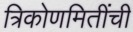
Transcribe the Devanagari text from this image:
त्रिकोणमितींची